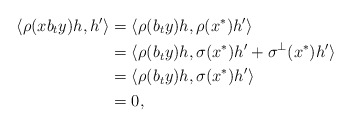
\begin{align*} \langle \rho(xb_ty)h,h'\rangle & =\langle \rho(b_ty)h, \rho(x^*)h'\rangle\\ &=\langle \rho(b_ty)h, \sigma(x^*)h'+\sigma^\perp(x^*)h'\rangle\\ &=\langle\rho(b_ty)h, \sigma(x^*)h'\rangle\\ &=0, \end{align*}